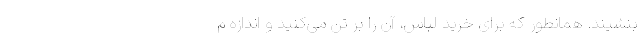
بنشیند. همانطور که برای خرید لباس، آن را بر تن می‌کنید و اندازه م